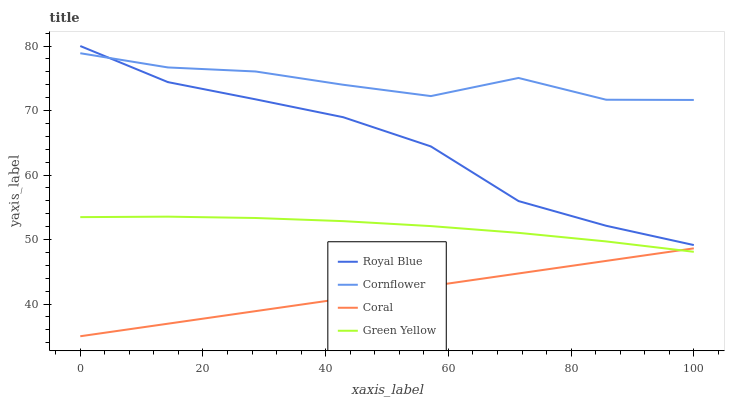
| xaxis_label | Royal Blue | Cornflower | Coral | Green Yellow |
 | --- | --- | --- | --- | --- |
 | 0 | 80 | 78.9 | 35 | 53.5 |
 | 14.3 | 74.4 | 76.7 | 36.9 | 53.5 |
 | 28.6 | 71.7 | 76.1 | 38.9 | 53.3 |
 | 42.9 | 69 | 74 | 40.8 | 52.8 |
 | 57.1 | 64.4 | 72.2 | 42.8 | 52.1 |
 | 71.4 | 56 | 75 | 44.7 | 51 |
 | 85.7 | 52.1 | 71.7 | 46.7 | 49.7 |
 | 100 | 49.1 | 71.6 | 48.6 | 48.1 |